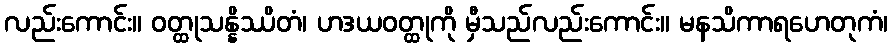
လည်းကောင်း။ ဝတ္ထုသန္နိဿိတံ၊ ဟဒယဝတ္ထုကို မှီသည်လည်းကောင်း။ မနသိကာရဟေတုကံ၊